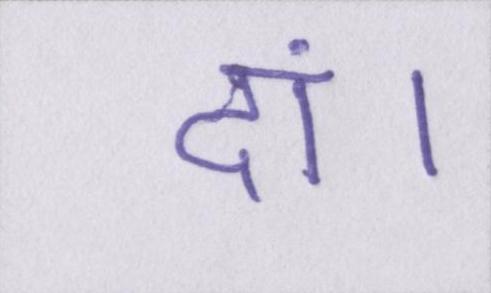
दां।